Report of the Indian Hemp Drugs Commission, 1894-1895 - Volume II
Year: 1894
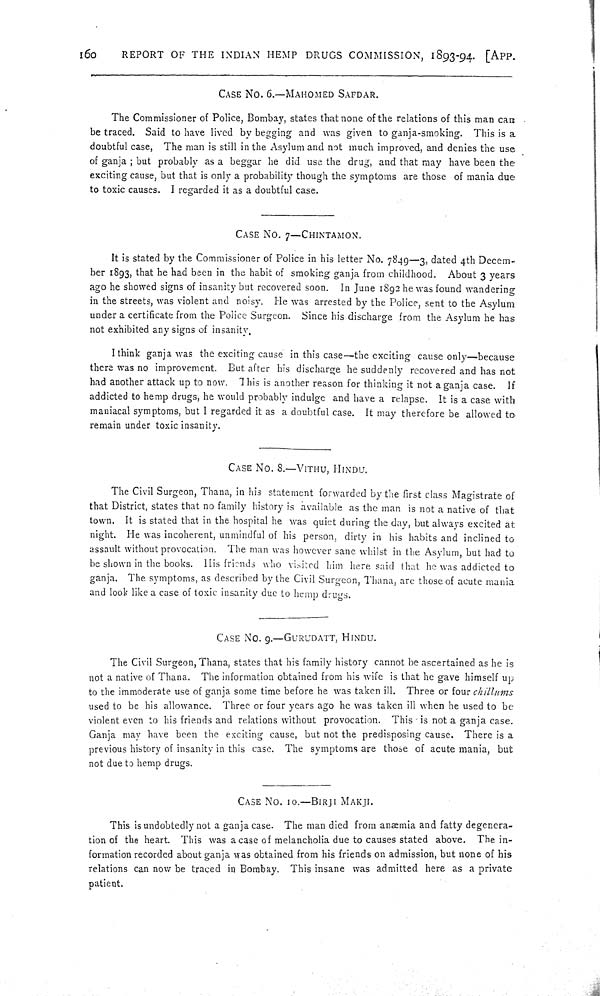
160
REPORT OF THE INDIAN HEMP DRUGS COMMISSION, 1893-94. [APP.
CASE NO. 6.—MAHOMED SAFDAR.
The Commissioner of Police, Bombay, states that none of the relations of this man can
be traced. Said to have lived by begging and was given to ganja-smoking. This is a
doubtful case, The man is still in the Asylum and not much improved, and denies the use
of ganja; but probably as a beggar he did use the drug, and that may have been the
exciting cause, but that is only a probability though the symptoms are those of mania due
to toxic causes. I regarded it as a doubtful case.
CASE NO. 7—CHINTAMON.
It is stated by the Commissioner of Police in his letter No. 7849—3, dated 4th Decem-
ber 1893, that he had been in the habit of smoking ganja from childhood. About 3 years
ago he showed signs of insanity but recovered soon. In June 1892 he was found wandering
in the streets, was violent and noisy. He was arrested by the Police, sent to the Asylum
under a certificate from the Police Surgeon. Since his discharge from the Asylum he has
not exhibited any signs of insanity.
I think ganja was the exciting cause in this case—the exciting cause only—because
there was no improvement. But after his discharge he suddenly recovered and has not
had another attack up to now. This is another reason for thinking it not a ganja case. If
addicted to hemp drugs, he would probably indulge and have a relapse. It is a case with
maniacal symptoms, but I regarded it as a doubtful case. It may therefore be allowed to
remain under toxic insanity.
CASE NO. 8.—VITHU, HINDU.
The Civil Surgeon, Thana, in his statement forwarded by the first class Magistrate of
that District, states that no family history is available as the man is not a native of that
town. It is stated that in the hospital he was quiet during the day, but always excited at
night. He was incoherent, unmindful of his person, dirty in his habits and inclined to
assault without provocation. The man was however sane whilst in the Asylum, but had to
be shown in the books. His friends who visited him here said that he was addicted to
ganja. The symptoms, as described by the Civil Surgeon, Thana, are those of acute mania
and look like a case of toxic insanity due to hemp drugs.
CASE NO. 9.—GURUDATT, HINDU.
The Civil Surgeon, Thana, states that his family history cannot be ascertained as he is
not a native of Thana. The information obtained from his wife is that he gave himself up
to the immoderate use of ganja some time before he was taken ill. Three or four chillums
used to be his allowance. Three or four years ago he was taken ill when he used to be
violent even to his friends and relations without provocation. This is not a ganja case.
Ganja may have been the exciting cause, but not the predisposing cause. There is a
previous history of insanity in this case. The symptoms are those of acute mania, but
not due to hemp drugs.
CASE NO. 10.—BIRJI MAKJI.
This is undobtedly not a ganja case. The man died from anæmia and fatty degenera-
tion of the heart. This was a case of melancholia due to causes stated above. The in-
formation recorded about ganja was obtained from his friends on admission, but none of his
relations can now be traced in Bombay. This insane was admitted here as a private
patient.